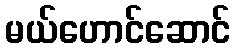
မယ်ဟောင်ဆောင်